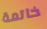
خاتمة